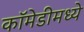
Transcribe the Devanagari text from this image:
कॉमेडीमध्ये